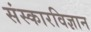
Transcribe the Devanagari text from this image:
संस्कारविज्ञान